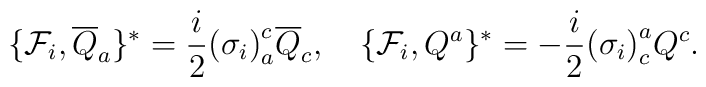
\lbrace {\cal F}_i , {\overline{Q}}_a \rbrace^{\ast} =\frac{i}{2} {(\sigma_i)}^{c}_a {\overline{Q}}_c, \quad\lbrace {\cal F}_i ,  Q^a \rbrace^{\ast} =- \frac{i}{2} {(\sigma_i)}^{a}_c  Q^c.